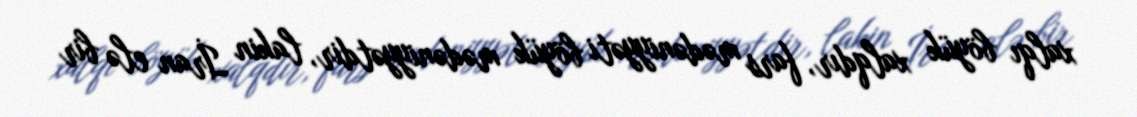
xalqı böyük xalqdır, fars mədəniyyəti böyük mədəniyyətdir, lakin İran elə bir